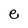
Character: e